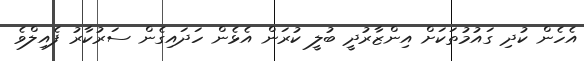
އެހެން ކުދި ގައުމުތަކަށް އިންޒާރުދީ ބުލީ ކުރަން އެޅެން ހަދައިގެން ސަރުކާރު ފެއިލްވެ